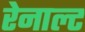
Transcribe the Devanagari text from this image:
रेनाल्ट